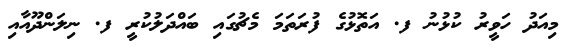
މިއަދު ހަވީރު ކުޅުނު ފ. އަތޮޅުގެ ފުރަތަމަ މެޗުގައި ބައްދަލުކުރީ ފ. ނިލަންދޫއާއި